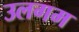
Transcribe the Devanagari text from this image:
उलगम